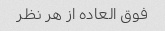
فوق العاده از هر نظر